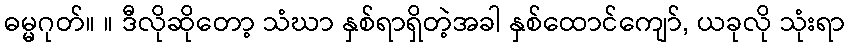
ဓမ္မဂုတ်။ ။ ဒီလိုဆိုတော့ သံဃာ နှစ်ရာရှိတဲ့အခါ နှစ်ထောင်ကျော်, ယခုလို သုံးရာ